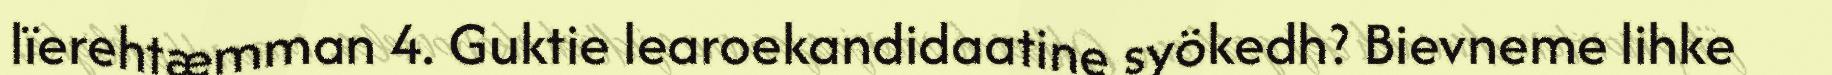
lïerehtæmman 4. Guktie learoekandidaatine syökedh? Bievneme lihke